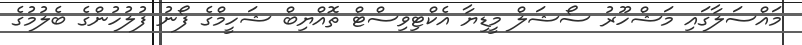
މައްސަލާގައި މަޝްހޫރު ސޯޝަލް މީޑިޔާ އެކްޓިިވިސްޓް ތޮއްޔިބް ޝަހީމްގެ ފޯނު ފުލުހުންގެ ބެލުމުގެ